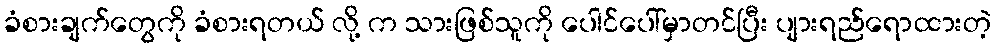
ခံစားချက်တွေကို ခံစားရတယ် လို့ က သားဖြစ်သူကို ပေါင်ပေါ်မှာတင်ပြီး ပျားရည်ရောထားတဲ့